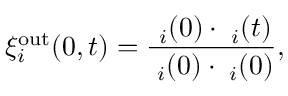
\xi _ { i } ^ { \mathrm { o u t } } ( 0 , t ) = \frac { \ensuremath { \mathbf { { \ell } } } _ { i } ( 0 ) \cdot \ensuremath { \mathbf { { \ell } } } _ { i } ( t ) } { \ensuremath { \mathbf { { \ell } } } _ { i } ( 0 ) \cdot \ensuremath { \mathbf { { \ell } } } _ { i } ( 0 ) } ,